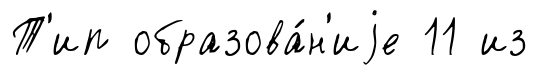
Т'ип образова́н'иjе 11 из